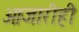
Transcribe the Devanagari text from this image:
आजारीही